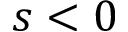
s < 0